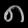
Digit: ၈